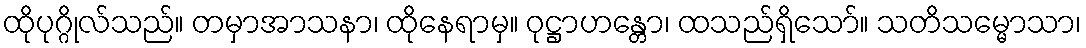
ထိုပုဂ္ဂိုလ်သည်။ တမှာအာသနာ၊ ထိုနေရာမှ။ ဝုဋ္ဌာဟန္တော၊ ထသည်ရှိသော်။ သတိသမ္မောသာ၊